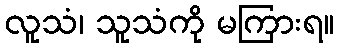
လူသံ၊ သူသံကို မကြားရ။